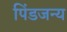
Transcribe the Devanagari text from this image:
पिंडजन्य